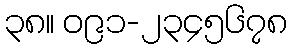
၃၈။ ၀၉၁-၂၃၄၅၆၇၈